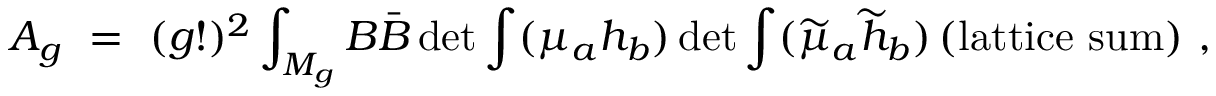
A _ { g } ~ = ~ ( g ! ) ^ { 2 } \int _ { { \cal M } _ { g } } B \bar { B } \operatorname * { d e t } { \int ( { \mu _ { a } } h _ { b } } ) \operatorname * { d e t } { \int ( \widetilde { \mu } _ { a } \widetilde { h } _ { b } ) } \, ( \mathrm { { l a t t i c e ~ s u m } } ) ~ ,